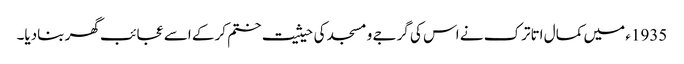
1935ء میں کمال اتاترک نے اس کی گرجے و مسجد کی حیثیت ختم کرکے اسے عجائب گھر بنادیا۔